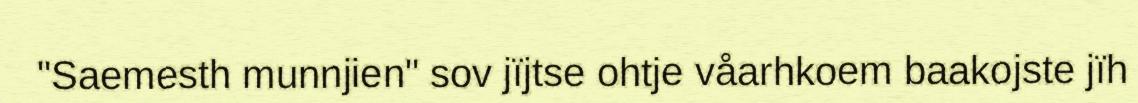
"Saemesth munnjien" sov jïjtse ohtje våarhkoem baakojste jïh